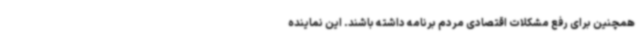
همچنین برای رفع مشکلات اقتصادی مردم برنامه داشته باشند. این نماینده